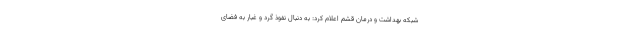
شبکه بهداشت و درمان قشم اعلام کرد: به دنبال نفوذ گرد و غبار به فضای